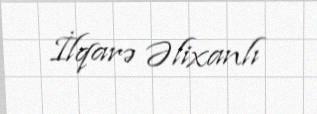
İlqarə Əlixanlı